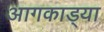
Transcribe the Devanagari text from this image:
आगकाड्या